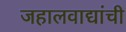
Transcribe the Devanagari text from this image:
जहालवाद्यांची